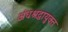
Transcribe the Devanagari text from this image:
अंधश्रद्धायुक्त